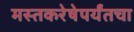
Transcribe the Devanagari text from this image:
मस्तकरेषेपर्यंतचा